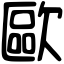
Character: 歐